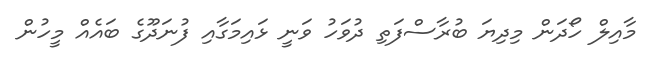
މާއިލް ހޯދަން މިދިޔަ ބުރާސްފަތި ދުވަހު ވަނީ ޅައިމަގާއި ފުނަދޫގެ ބައެއް މީހުން